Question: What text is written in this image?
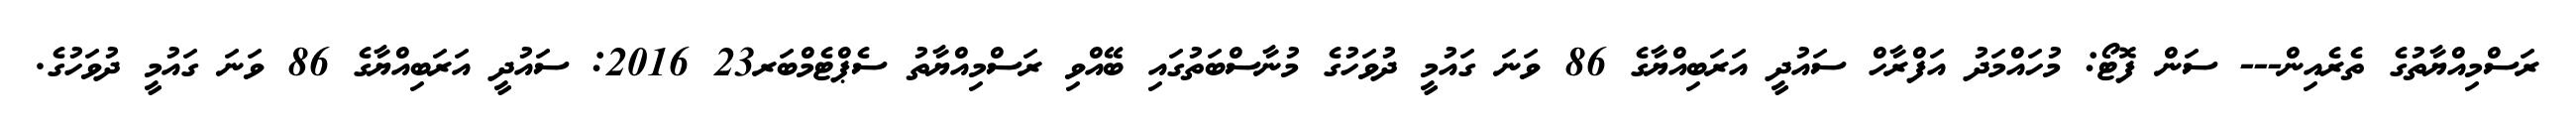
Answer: ރަސްމިއްޔާތުގެ ތެރެއިން--- ސަން ފޮޓޯ: މުހައްމަދު އަފްރާހް ސައުދީ އަރަބިއްޔާގެ 86 ވަނަ ގައުމީ ދުވަހުގެ މުނާސްބަތުގައި ބޭއްވި ރަސްމިއްޔާތު ސެޕްޓެމްބަރ23 2016: ސައުދީ އަރަބިއްޔާގެ 86 ވަނަ ގައުމީ ދުވަހުގެ.